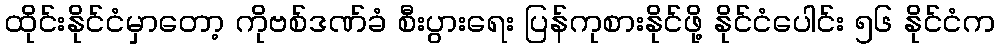
ထိုင်းနိုင်ငံမှာတော့ ကိုဗစ်ဒဏ်ခံ စီးပွားရေး ပြန်ကုစားနိုင်ဖို့ နိုင်ငံပေါင်း ၅၆ နိုင်ငံက